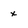
Character: x